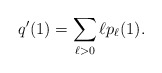
\begin{align*} q'(1)=\sum_{\ell>0} \ell p_{\ell}(1). \end{align*}